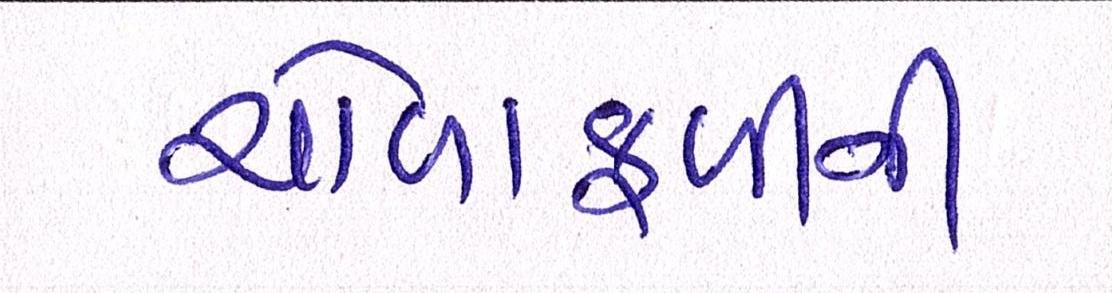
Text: ચોળાફળીની